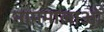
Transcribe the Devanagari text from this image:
नाममालाओं